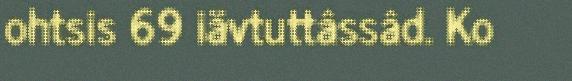
ohtsis 69 iävtuttâssâd. Ko